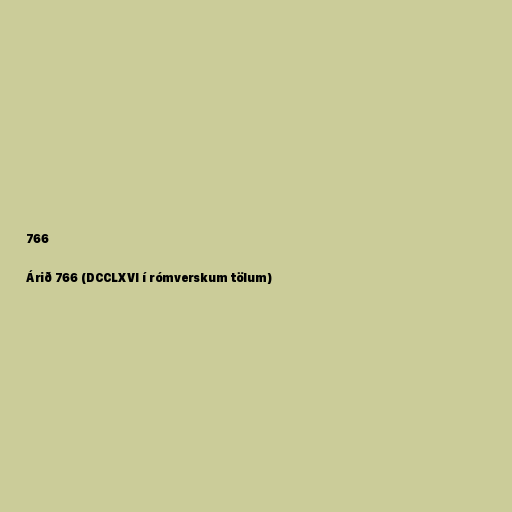
766

Árið 766 (DCCLXVI í rómverskum tölum)